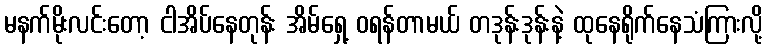
မနက်မိုးလင်းတော့ ငါအိပ်နေတုန်း အိမ်ရှေ့ ဝရန်တာမယ် တဒုန်းဒုန်းနဲ့ ထုနေရိုက်နေသံကြားလို့